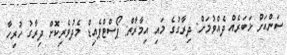
ސަންއަށް ޚަބަރެއް ދެއްވުމަށް: ދިރާގުގެ މައި އިމާރާތް: ޕޯސްޓްޕެއިޑް މެދުވެރިކޮށް ދިރާގު ހުރިހާ